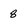
Character: 8